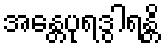
အန္တေပုရဒွါရန္တိ